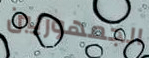
الجمهوريين